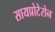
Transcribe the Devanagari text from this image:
सायप्रोटेरोन